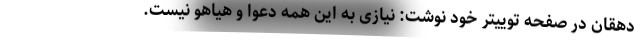
دهقان در صفحه توییتر خود نوشت: نیازی به این همه دعوا و هیاهو نیست.